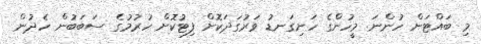
މި ބައްޓަން ހުންނަ މީހުންގެ ހަށިގަނޑު ވަރުގަދަކޮށް ފިޓުކޮށް ހުރުމުގެ ސަބަބުން ހެދުން